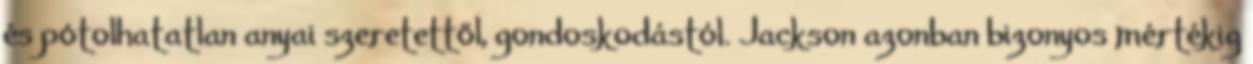
és pótolhatatlan anyai szeretettől, gondoskodástól. Jackson azonban bizonyos mértékig